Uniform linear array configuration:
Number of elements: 4
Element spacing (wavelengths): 0.75
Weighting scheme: kaiser
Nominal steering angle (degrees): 30
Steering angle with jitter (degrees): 30.591
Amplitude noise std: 0.05
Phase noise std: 0.05

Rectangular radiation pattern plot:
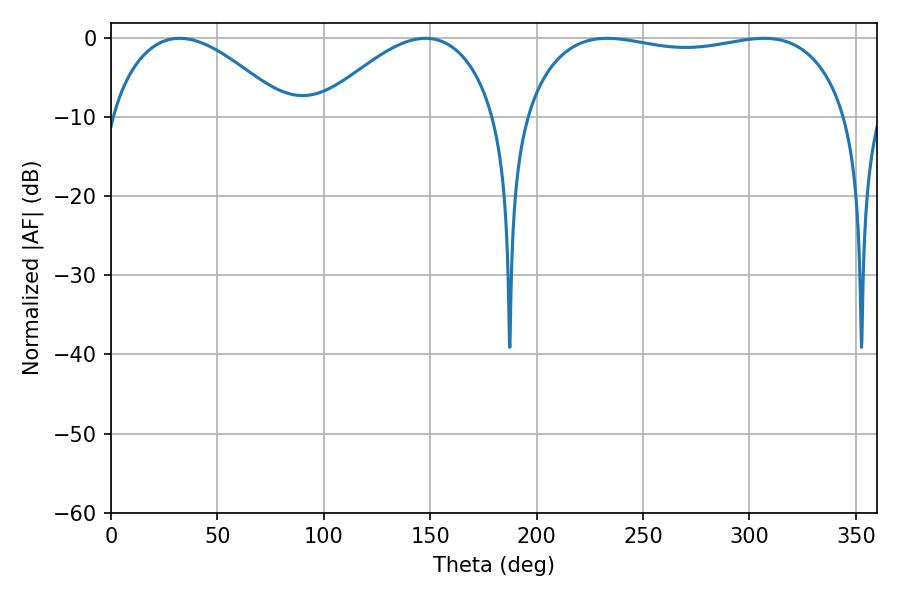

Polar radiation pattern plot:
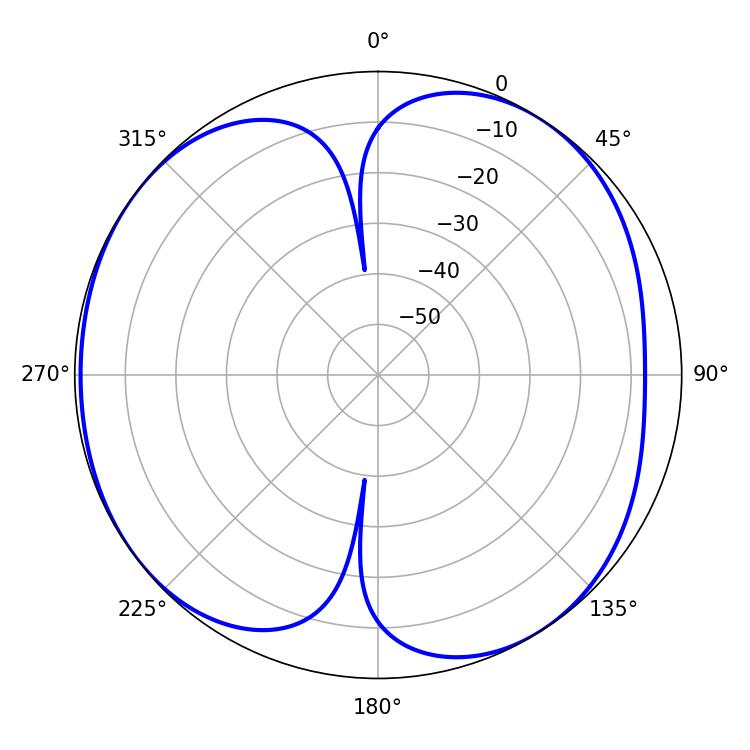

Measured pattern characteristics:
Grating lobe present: TRUE
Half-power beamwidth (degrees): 45.54
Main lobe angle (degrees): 32.22